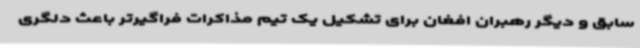
سابق و دیگر رهبران افغان برای تشکیل یک تیم مذاکرات فراگیرتر باعث دلگری